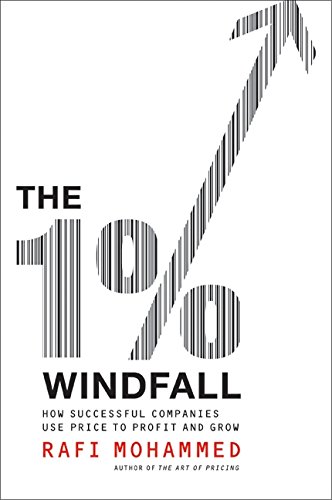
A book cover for The 1% Windfall: How Successful Companies Use Price to Profit and Grow; Rafi Mohammed; Business & Money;